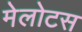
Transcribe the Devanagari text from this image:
मेलोटस